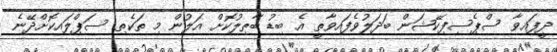
ދީފައިވާ ސްޕެސިފިކޭޝަން ބަދަލުވެފައިވާތީ އެ ބިޑު ބާޠިލުކޮށް އަލުން މި ތަކެތި ސަޕްލައިކޮށްދޭނެ